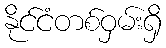
နိုင်ငံတစ်ဝှမ်းရှိ